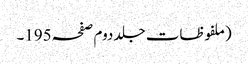
(ملفوظات جلد دوم صفحہ195۔